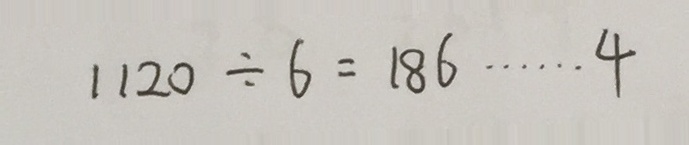
1 1 2 0 \div 6 = 1 8 6 \cdots 4